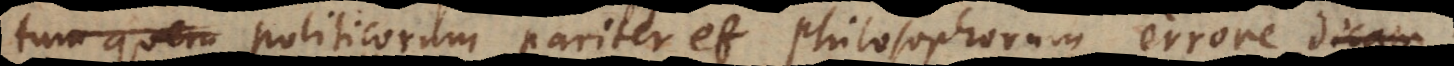
troque politicorum pariter et philosophorum errore aliqui